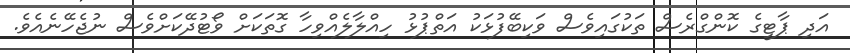
އަދި ޕާޓީގެ ކޮންގްރެސް ތަކުގައިވެސް ވަކިބޭފުޅަކު އަތްޕުޅު ހިއްލާލެއްވިހާ ގޮތަކަށް ވޯޓުދޭކަށްވެސް ނުޖެހޭނެއެވެ.